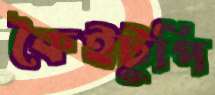
কৈইটুপি